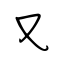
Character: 又